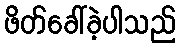
ဖိတ်ခေါ်ခဲ့ပါသည်